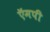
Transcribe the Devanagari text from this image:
ऍमपी